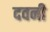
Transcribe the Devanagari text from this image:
दवनी